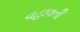
વહાવતી